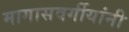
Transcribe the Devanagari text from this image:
मागासवर्गीयांनी